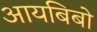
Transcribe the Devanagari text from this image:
आयबिबो